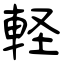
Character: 軽